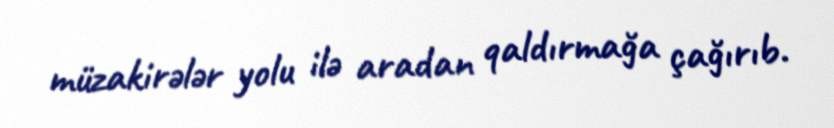
müzakirələr yolu ilə aradan qaldırmağa çağırıb.